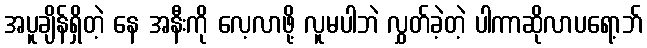
အပူချိန်ရှိတဲ့ နေ အနီးကို လေ့လာဖို့ လူမပါဘဲ လွှတ်ခဲ့တဲ့ ပါကာဆိုလာပရော့ဘ်